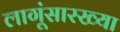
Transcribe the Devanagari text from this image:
लागूंसारख्या